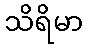
သိရိမာ